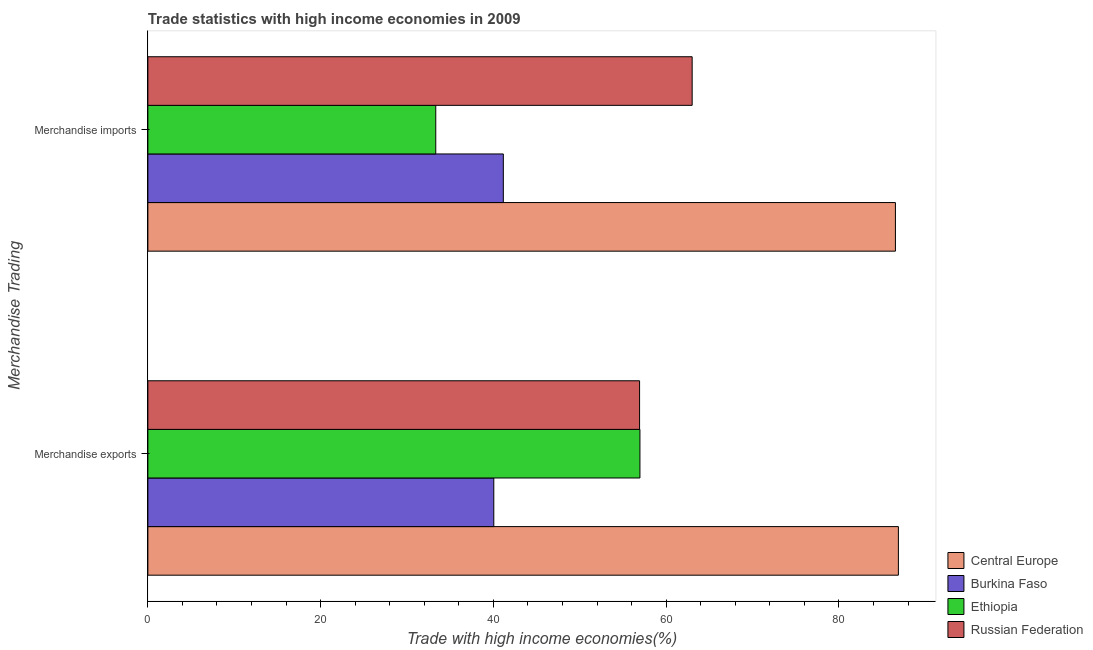
| Merchandise Trading | Central Europe | Burkina Faso | Ethiopia | Russian Federation |
 | --- | --- | --- | --- | --- |
 | Merchandise exports | 86.9 | 40 | 57 | 56.9 |
 | Merchandise imports | 86.5 | 41.2 | 33.3 | 63 |